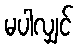
မပါလျှင်